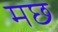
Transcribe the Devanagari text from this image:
मछ